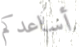
أساعدكم